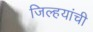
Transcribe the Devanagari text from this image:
जिल्हयांची